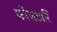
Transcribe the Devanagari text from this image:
फौजदारि